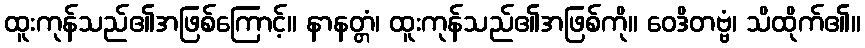
ထူးကုန်သည်၏အဖြစ်ကြောင့်။ နာနတ္တံ၊ ထူးကုန်သည်၏အဖြစ်ကို။ ဝေဒိတဗ္ဗံ၊ သိထိုက်၏။